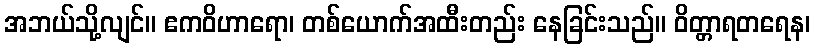
အဘယ်သို့လျင်။ ဧကဝိဟာရော၊ တစ်ယောက်အထီးတည်း နေခြင်းသည်။ ဝိတ္တာရတရေန၊